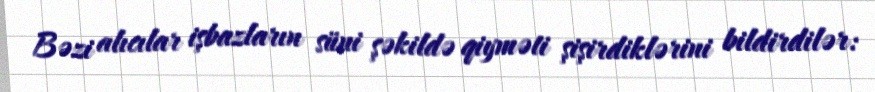
Bəzi alıcılar işbazların süni şəkildə qiyməti şişirdiklərini bildirdilər: